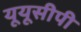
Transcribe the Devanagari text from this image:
यूयूसीपी